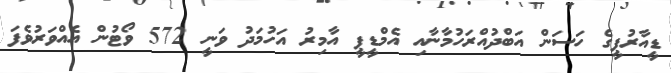
ޑީއާރުޕީގެ ހަސަން އަބްދުއްރަހުމާނާއި އެމްޑީޕީ އާމިރު އަހުމަދު ވަނީ 572 ވޯޓުން އެއްވަރުވެފަ